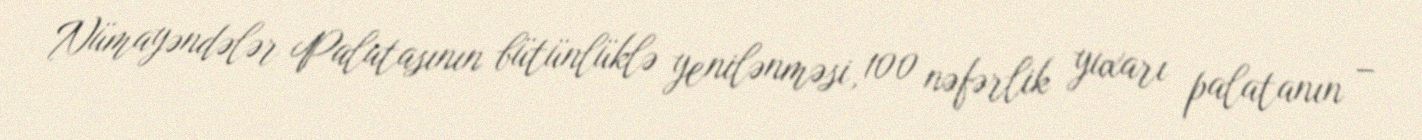
Nümayəndələr Palatasının bütünlüklə yenilənməsi, 100 nəfərlik yuxarı palatanın –